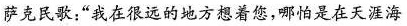
萨克民歌；”我在很远的地方想着您，哪怕是在天涯海